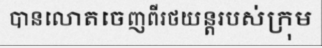
បានលោតចេញពីរថយន្តរបស់ក្រុម